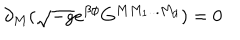
LaTeX: \partial _ { M } ( \sqrt { - g } e ^ { \beta \phi } G ^ { M M _ { 1 } . . . M _ { d } } ) = 0